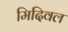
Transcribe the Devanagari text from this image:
मिदिवल